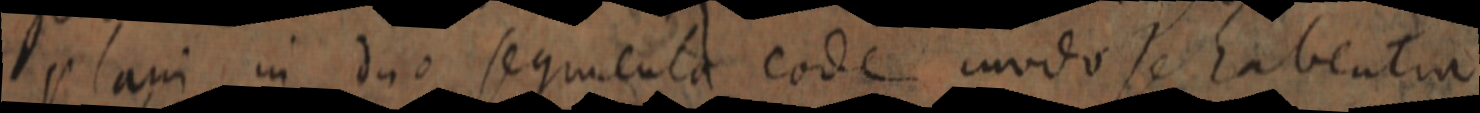
plani in duo segmenta eode modo se habentur